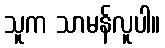
သူက သာမန်လူပါ။